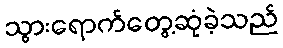
သွားရောက်တွေ့ဆုံခဲ့သည်